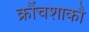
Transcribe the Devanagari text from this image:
क्रौंचशाकौ